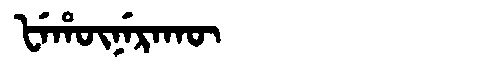
Manchu: ᡶᡝᡥᡡᠨᡝᡵᠠᡴᡡ
Romanization: FEHŪNERAKŪ